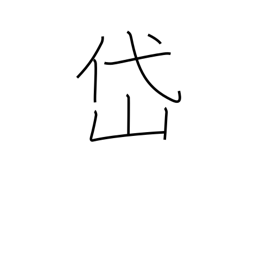
Meaning: Taishan